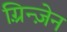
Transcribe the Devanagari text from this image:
ग़्रिन्ज़ेन